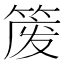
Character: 𫂈